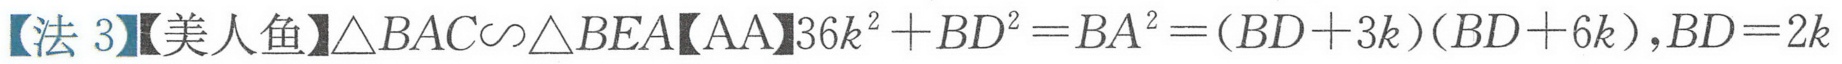
【法 3】【美人鱼】$\triangle BAC\sim\triangle BEA$【AA】$36k^{2}+BD^{2}=BA^{2}=(BD + 3k)(BD + 6k),BD = 2k$